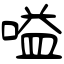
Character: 嗌